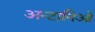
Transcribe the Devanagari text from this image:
अन्टानिओ